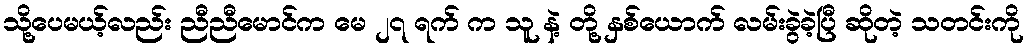
သို့ပေမယ့်လည်း ညီညီမောင်က မေ ၂၇ ရက် က သူ နဲ့ တို့ နှစ်ယောက် လမ်းခွဲခဲ့ပြီ ဆိုတဲ့ သတင်းကို